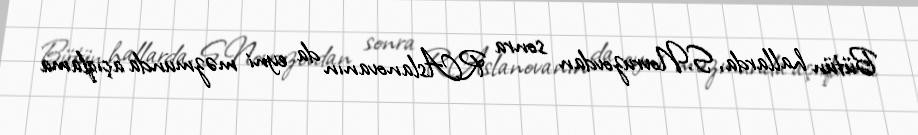
Bütün hallarda, S.Novruzovdan sonra R.Aslanovanın da eyni məzmunda açıqlama